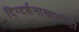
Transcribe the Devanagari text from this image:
दिग्दर्शनाखालीही